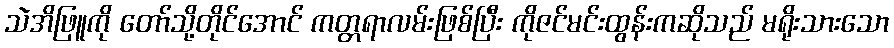
သဲအိဖြူကို တော်သို့တိုင်အောင် ကတ္တရာလမ်းဖြစ်ပြီး ကိုဇင်မင်းထွန်းကဆိုသည် မရိုးသားသော